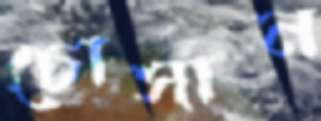
চোসান